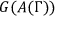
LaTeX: G ( A ( \Gamma ) )